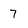
Character: 7